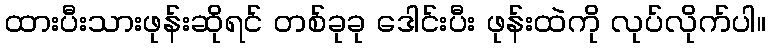
ထားပီးသားဖုန်းဆိုရင် တစ်ခုခု ဒေါင်းပီး ဖုန်းထဲကို လုပ်လိုက်ပါ။